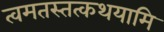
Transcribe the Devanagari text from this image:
त्वमतस्तत्कथयामि